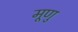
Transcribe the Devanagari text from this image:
मूणु